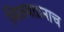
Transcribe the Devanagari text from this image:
मिळवतानाच